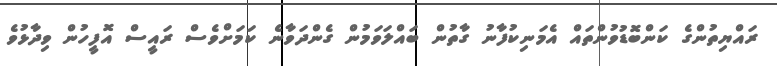
ރައްޔިތުންގެ ކަންބޮޑުވުންތައް އެމަނިކުފާނު ގާތުން ބައްލަވަމުން ގެންދަވާނެ ކަމަށްވެސް ރައީސް އޮފީހުން ވިދާޅުވެ